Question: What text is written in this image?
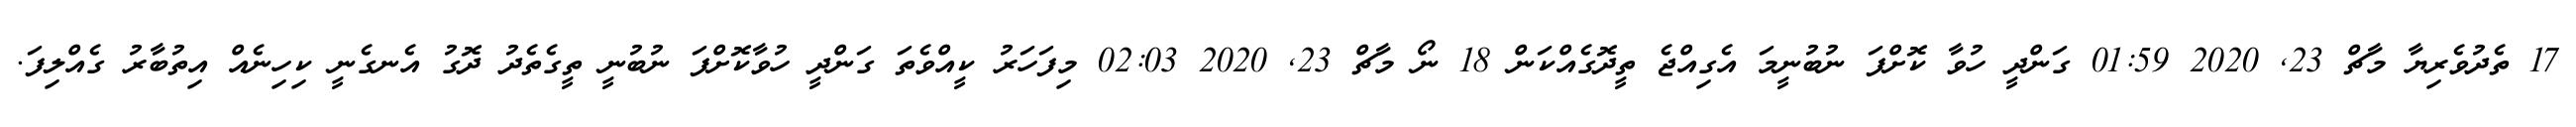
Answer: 17 ތެދުވެރިޔާ މާޗް 23, 2020 01:59 ގަންދީ ހުވާ ކޮށްފަ ނުބުނީމަ އެގިއްޖެ ތީދޮގެއްކަން 18 ނޯ މާޗް 23, 2020 02:03 މިފަހަރު ކީއްވެތަ ގަންދީ ހުވާކޮށްފަ ނުބުނީ ތީގެތެދު ދޮގު އެނގެނީ ކިހިނެއް އިތުބާރު ގެއްލިފަ.